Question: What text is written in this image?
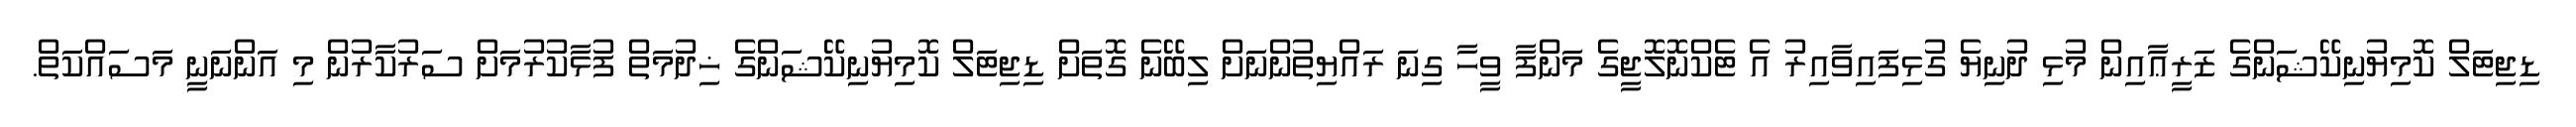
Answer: ޑިޖިޓަލް ކޮމިޔުނިކޭޝަންގެ ޒަރީޢާއިން މުޅި ދުނިޔެ ގުޅިފައިވާއިރު އެ ޓެކްނޮލޮޖީގެ މަންފާ ވީހާ ގިނަ ރައްޔިތުންނަށް ލިބޭނެ ގޮތަށް ޑިޖިޓަލް ކޮމިޔުނިކޭޝަންގެ ޚިދުމަތް ފުޅާކުރުމަށް ސަރުކާރުން މި އަންނަނީ މަސައްކަތް.